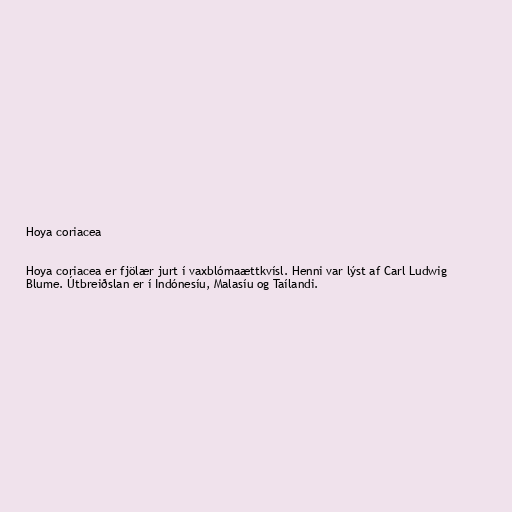
Hoya coriacea

Hoya coriacea er fjölær jurt í vaxblómaættkvísl. Henni var lýst af Carl Ludwig
Blume. Útbreiðslan er í Indónesíu, Malasíu og Taílandi.